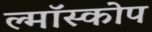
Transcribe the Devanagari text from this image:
ल्मॉस्कोप